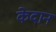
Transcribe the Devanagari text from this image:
केदान